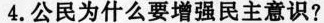
4.公民为什么要增强民主意识?